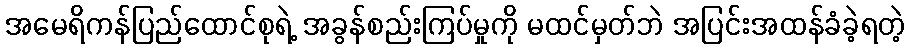
အမေရိကန်ပြည်ထောင်စုရဲ့ အခွန်စည်းကြပ်မှုကို မထင်မှတ်ဘဲ အပြင်းအထန်ခံခဲ့ရတဲ့